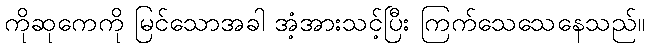
ကိုဆုကေကို မြင်သောအခါ အံ့အားသင့်ပြီး ကြက်သေသေနေသည်။